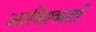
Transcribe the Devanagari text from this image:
आविश्कर्ता